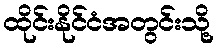
ထိုင်းနိုင်ငံအတွင်းသို့